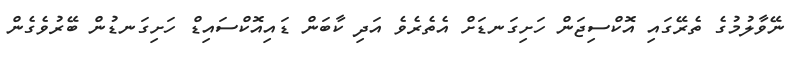
ނޭވާލުމުގެ ތެރޭގައި އޮކްސިޖަން ހަށިގަނޑަށް އެތެރެވެ އަދި ކާބަން ޑައިއޮކްސައިޑް ހަށިގަނޑުން ބޭރުވެގެން